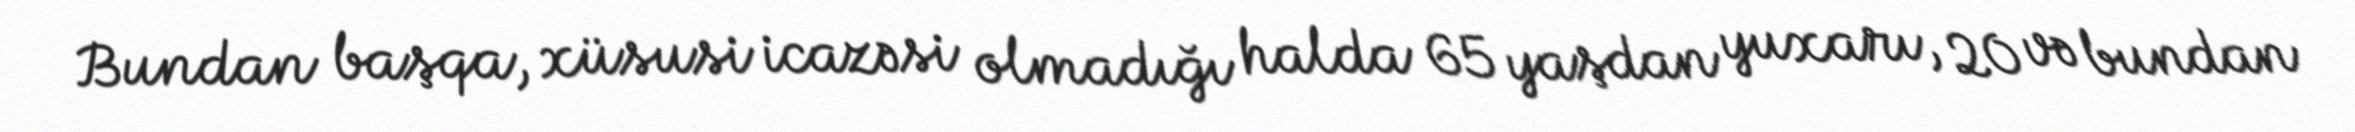
Bundan başqa, xüsusi icazəsi olmadığı halda 65 yaşdan yuxarı, 20 və bundan